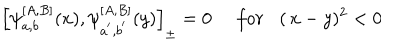
LaTeX: \left[ \psi _ { a , b } ^ { \left[ A , B \right] } ( x ) , \psi _ { a ^ { ^ { \prime } } , b ^ { ^ { \prime } } } ^ { \left[ A , B \right] } ( y ) \right] _ { \pm } = 0 \, \, \, \, \, \, \, \, f o r \, \, \, \, \, ( \, x - y ) ^ { 2 } < 0